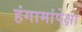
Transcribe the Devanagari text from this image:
हंगामांपेक्षा